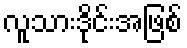
လူသားဒိုင်းအဖြစ်